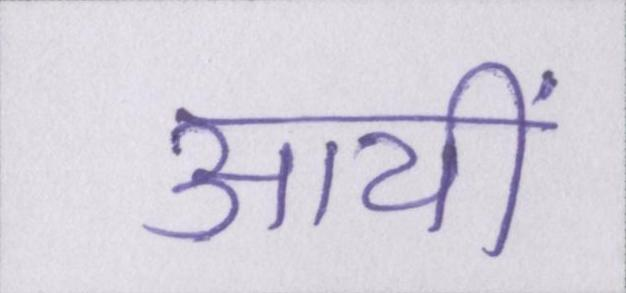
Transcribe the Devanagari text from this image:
आयीं